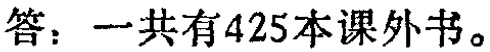
答：一共有425本课外书。